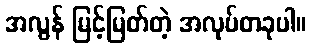
အလွန် မြင့်မြတ်တဲ့ အလုပ်တခုပါ။